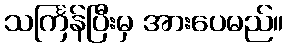
သင်္ကြန်ပြီးမှ အားပေမည်။